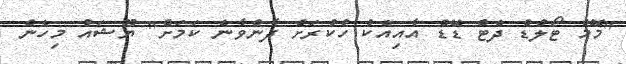
"މޮމް ޓޯލްޑް ދެޓް ޑޭޑް އާއިއެކު ހުކުރަށް ދާންވާނެ ކަމަށް" ޔޫޝައު މިހެން